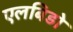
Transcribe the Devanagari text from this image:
एलबिडो